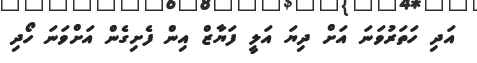
އަދި ހަތަރުވަނަ އަށް ދިޔަ އަލީ ފަޔާޒް އިން ފެށިގެން އަށްވަނަ ހޯދި